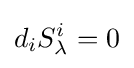
d_{i}S_{\lambda }^{i}=0